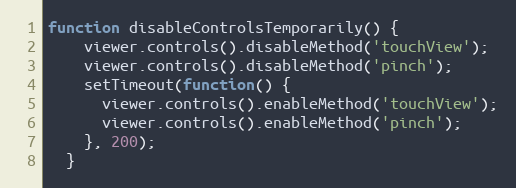
Language: JavaScript
function disableControlsTemporarily() {
    viewer.controls().disableMethod('touchView');
    viewer.controls().disableMethod('pinch');
    setTimeout(function() {
      viewer.controls().enableMethod('touchView');
      viewer.controls().enableMethod('pinch');
    }, 200);
  }